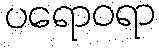
ပရောဝရာ